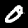
Digit: 0